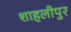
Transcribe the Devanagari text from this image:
शाहलीपुर